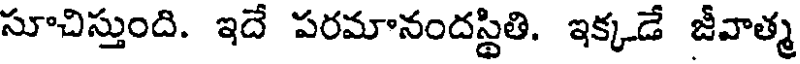
సూచిస్తుంది. ఇదే పరమానందస్థితి. ఇక్కడే జీవాత్మ